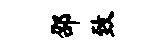
邵致